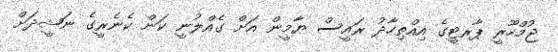
ޖުމްހޫރީ ޕާރޓީގެ އިއްތިހާދު ރައީސް ޔާމީން އަށް ގެއްލުނީ ކަން ކެނެރީގެ ނަޝީދަށް